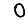
Digit: 0